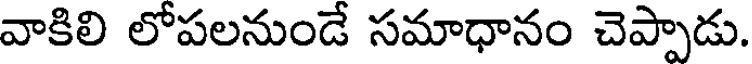
వాకిలి లోపలనుండే సమాధానం చెప్పాడు.